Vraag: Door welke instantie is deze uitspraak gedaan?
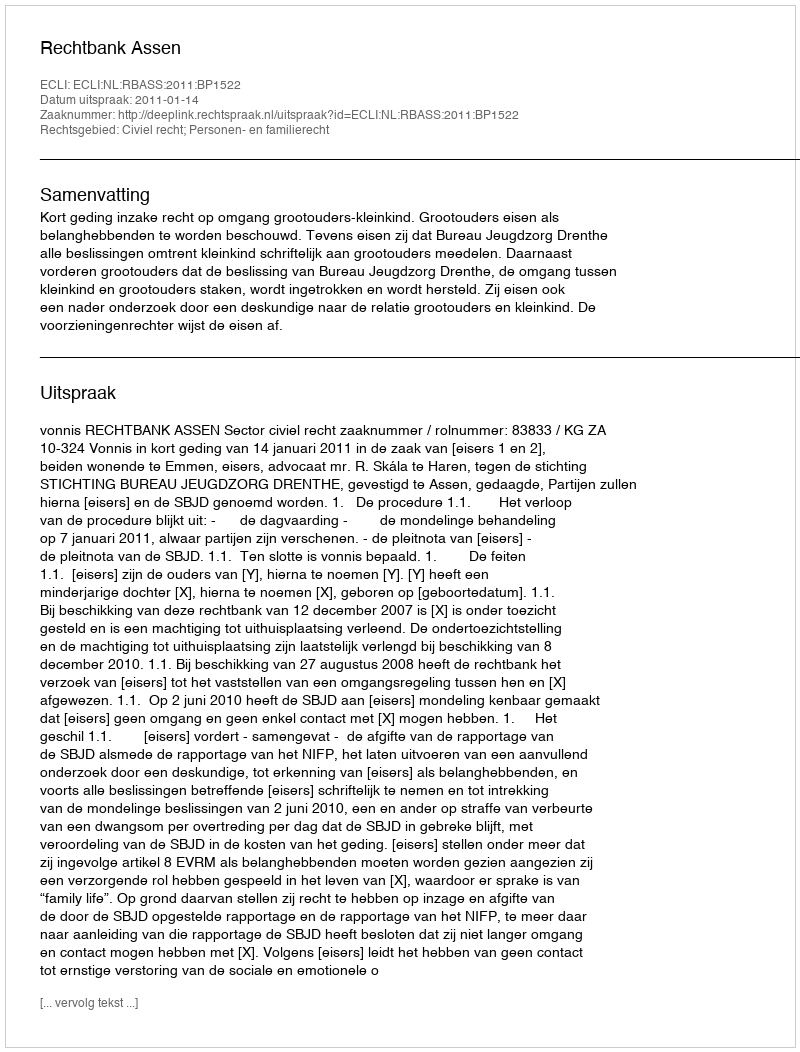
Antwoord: Rechtbank Assen